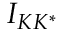
I _ { K K ^ { * } }